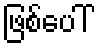
ဖြစ်ပေါ်